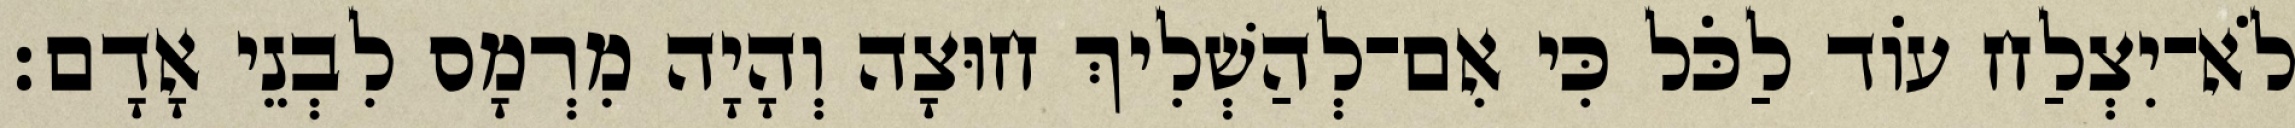
לֹא־יִצְלַח עוֹד לַכֹּל כִּי אִם־לְהַשְׁלִיךְ חוּצָה וְהָיָה מִרְמָס לִבְנֵי אָדָם׃